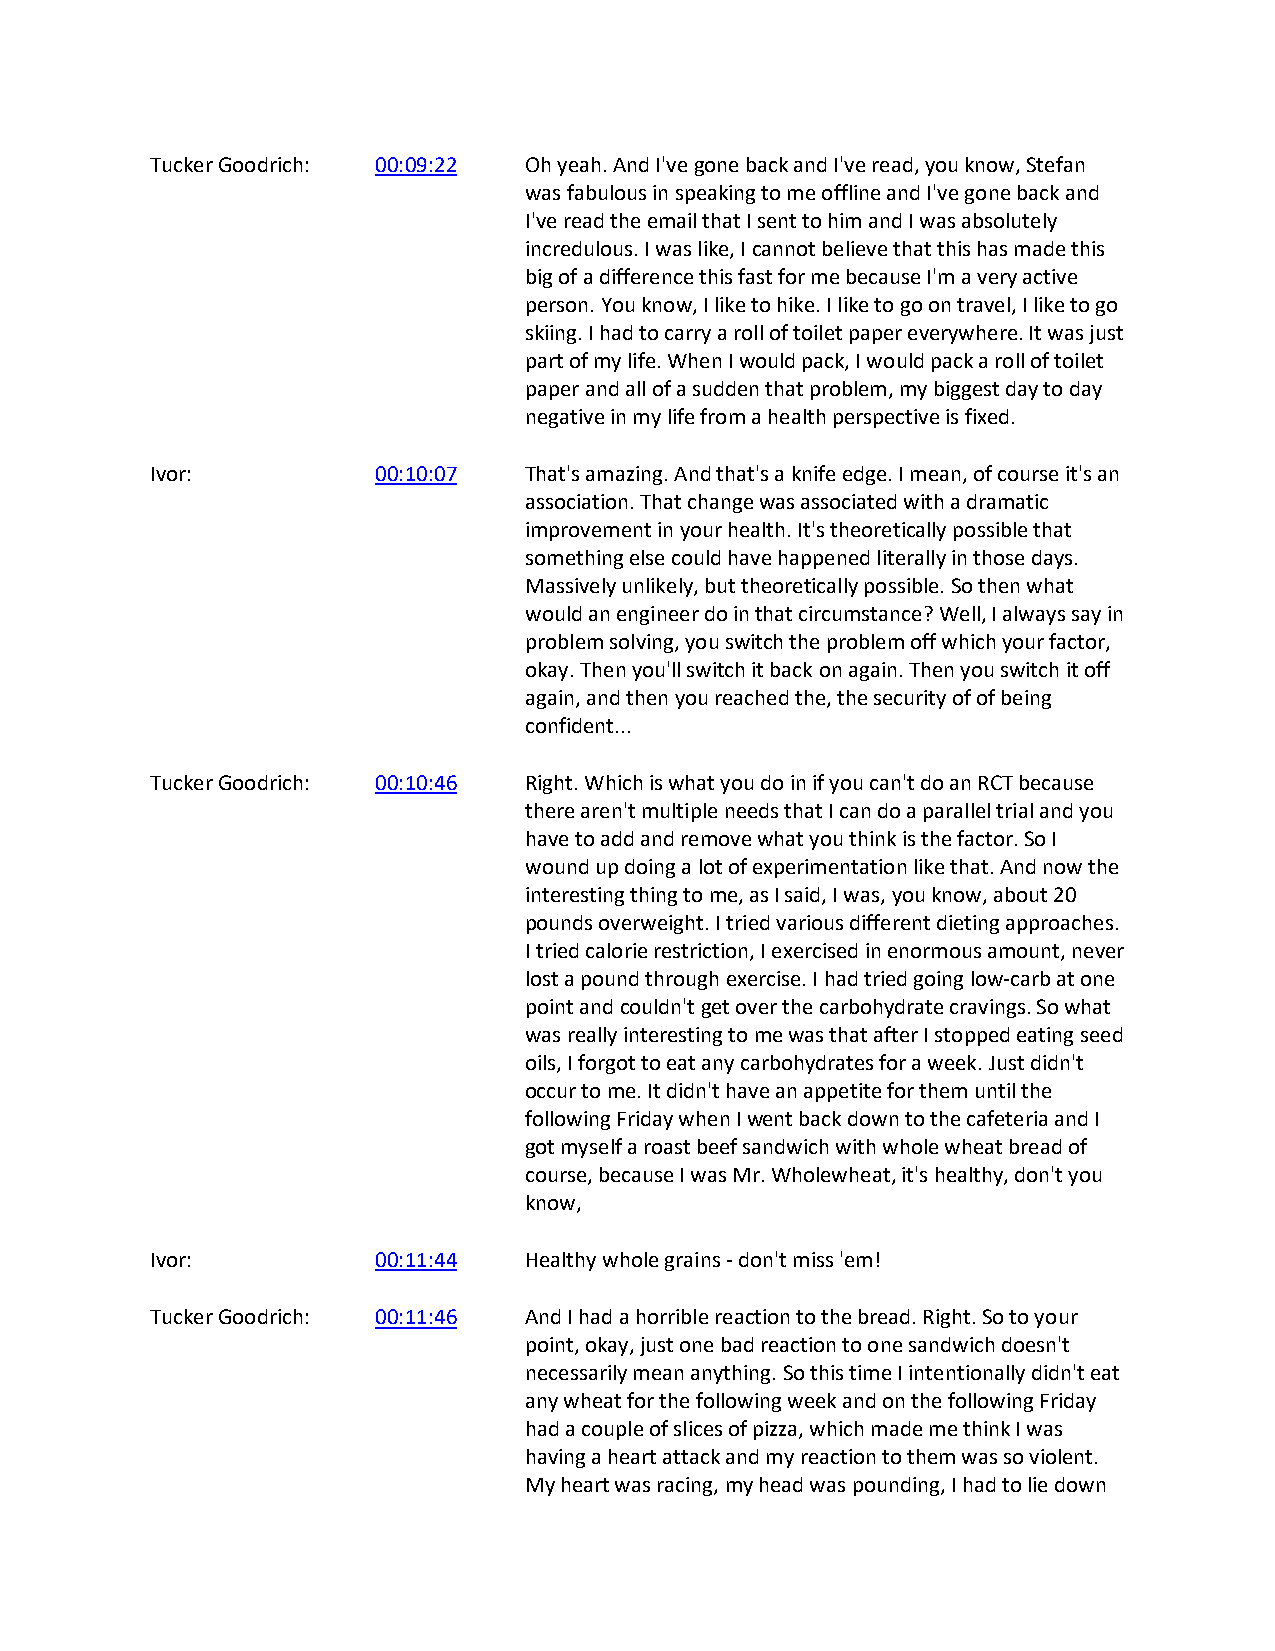
Tucker Goodrich: 00:09:22 Oh yeah. And I've gone back and I've read, you know, Stefan
 was fabulous in speaking to me offline and I've gone back and
 I've read the email that I sent to him and I was absolutely
 incredulous. I was like, I cannot believe that this has made this
 big of a difference this fast for me because I'm a very active
 person. You know, I like to hike. I like to go on travel, I like to go
 skiing. I had to carry a roll of toilet paper everywhere. It was just
 part of my life. When I would pack, I would pack a roll of toilet
 paper and all of a sudden that problem, my biggest day to day
 negative in my life from a health perspective is fixed.
 Ivor:          00:10:07  That's amazing. And that's a knife edge. I mean, of course it's an
 association. That change was associated with a dramatic
 improvement in your health. It's theoretically possible that
 something else could have happened literally in those days.
 Massively unlikely, but theoretically possible. So then what
 would an engineer do in that circumstance? Well, I always say in
 problem solving, you switch the problem off which your factor,
 okay. Then you'll switch it back on again. Then you switch it off
 again, and then you reached the, the security of of being
 confident...
 Tucker Goodrich: 00:10:46 Right. Which is what you do in if you can't do an RCT because
 there aren't multiple needs that I can do a parallel trial and you
 have to add and remove what you think is the factor. So I
 wound up doing a lot of experimentation like that. And now the
 interesting thing to me, as I said, I was, you know, about 20
 pounds overweight. I tried various different dieting approaches.
 I tried calorie restriction, I exercised in enormous amount, never
 lost a pound through exercise. I had tried going low-carb at one
 point and couldn't get over the carbohydrate cravings. So what
 was really interesting to me was that after I stopped eating seed
 oils, I forgot to eat any carbohydrates for a week. Just didn't
 occur to me. It didn't have an appetite for them until the
 following Friday when I went back down to the cafeteria and I
 got myself a roast beef sandwich with whole wheat bread of
 course, because I was Mr. Wholewheat, it's healthy, don't you
 know,
 Ivor:          00:11:44  Healthy whole grains - don't miss 'em!
 Tucker Goodrich: 00:11:46 And I had a horrible reaction to the bread. Right. So to your
 point, okay, just one bad reaction to one sandwich doesn't
 necessarily mean anything. So this time I intentionally didn't eat
 any wheat for the following week and on the following Friday
 had a couple of slices of pizza, which made me think I was
 having a heart attack and my reaction to them was so violent.
 My heart was racing, my head was pounding, I had to lie down